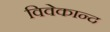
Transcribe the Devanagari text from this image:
विवेकान्‍द